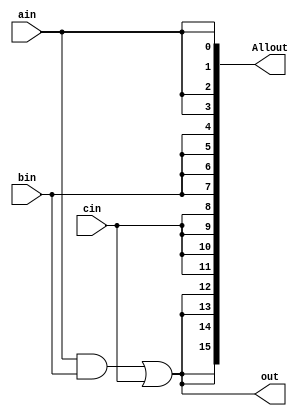
module TestOutput(ain,bin,cin,out,Allout);

	input ain;
	input bin;
	input cin;
	output out;
	output [15:0] Allout;

	assign	out=(ain && bin) || cin;
	assign	Allout[0]=ain;
	assign	Allout[1]=ain;
	assign	Allout[2]=ain;
	assign	Allout[3]=ain;
	assign	Allout[4]=bin;
	assign	Allout[5]=bin;
	assign	Allout[6]=bin;
	assign	Allout[7]=bin;
	assign	Allout[8]=cin;
	assign	Allout[9]=cin;
	assign	Allout[10]=cin;
	assign	Allout[11]=cin;
	assign	Allout[12]=out;
	assign	Allout[13]=out;
	assign	Allout[14]=out;
	assign	Allout[15]=out;

endmodule